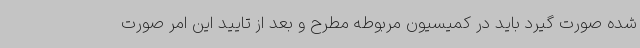
شده صورت گیرد باید در کمیسیون مربوطه مطرح و بعد از تایید این امر صورت